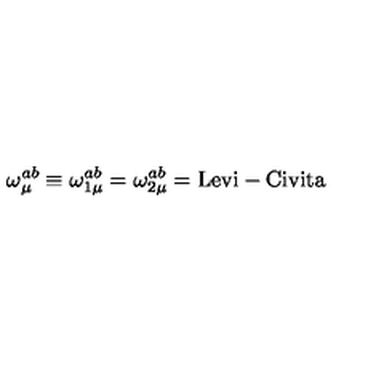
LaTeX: \qquad \qquad \omega _ { \mu } ^ { a b } \equiv \omega _ { 1 \mu } ^ { a b } = \omega _ { 2 \mu } ^ { a b } = \mathrm { L e v i - C i v i t a }